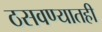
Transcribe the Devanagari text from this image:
ठसवण्यातही